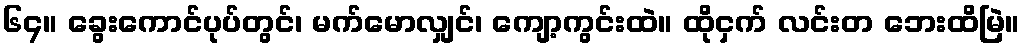
၆၄။ ခွေးကောင်ပုပ်တွင်၊ မက်မောလျှင်၊ ကျော့ကွင်းထဲ။ ထိုငှက် လင်းတ ဘေးထိမြဲ။